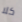
كلا